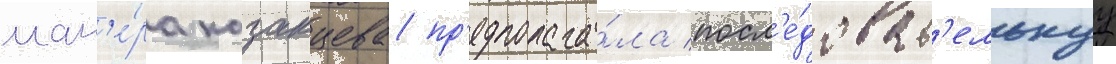
ман'е́ра казанцева пр'едполага́ла посл'е́доват'ельнуу